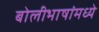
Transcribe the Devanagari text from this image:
बोलीभाषांमध्ये